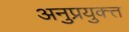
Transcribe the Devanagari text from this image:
अनुप्रयुक्त्त